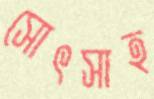
সোৎসাহ